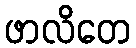
ဖာလိတေ